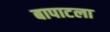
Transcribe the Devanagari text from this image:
बापाटला